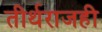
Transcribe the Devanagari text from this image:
तीर्थराजही